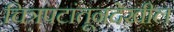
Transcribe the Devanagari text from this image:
चित्रपटांतूनदेखील